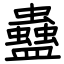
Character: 蠱